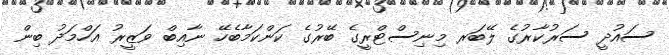
ސައުދީ ސަރުކާރުގެ ލޭބަރ މިނިސްޓްރީގެ ބޭރުގެ ކަންކަމާބެހޭ ނާއިބް ވަޒީރު އަހްމަދު ބިން